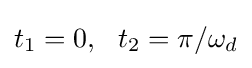
t_{1}=0,\ \ t_{2}=\pi /\omega _{d}